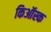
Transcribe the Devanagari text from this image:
किऑस्क